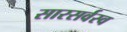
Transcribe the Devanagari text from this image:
सारसर्वस्व